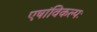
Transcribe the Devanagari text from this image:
एषांविकल्पः